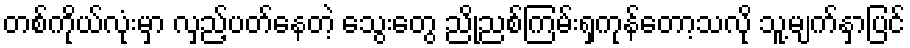
တစ်ကိုယ်လုံးမှာ လှည့်ပတ်နေတဲ့ သွေးတွေ ညိုညစ်ကြမ်းရှကုန်တော့သလို သူ့မျက်နှာပြင်